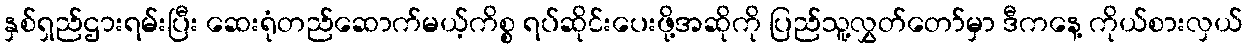
နှစ်ရှည်ဌားရမ်းပြီး ဆေးရုံတည်ဆောက်မယ့်ကိစ္စ ရပ်ဆိုင်းပေးဖို့အဆိုကို ပြည်သူ့လွှတ်တော်မှာ ဒီကနေ့ ကိုယ်စားလှယ်